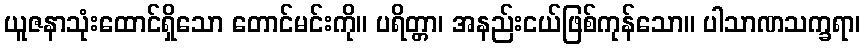
ယူဇနာသုံးထောင်ရှိသော တောင်မင်းကို။ ပရိတ္တာ၊ အနည်းငယ်ဖြစ်ကုန်သော။ ပါသာဏသက္ခရာ၊